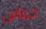
حماس